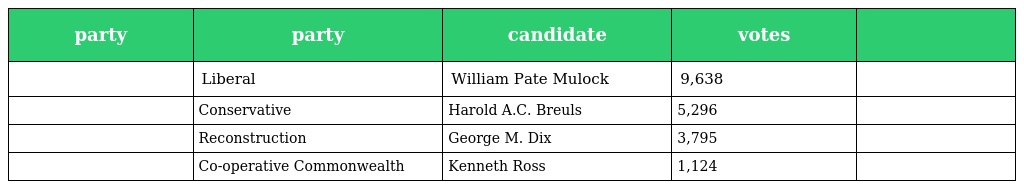
| party | party | candidate | votes |  |
 | --- | --- | --- | --- | --- |
 |  | Liberal | William Pate Mulock | 9,638 |  |
 |  | Conservative | Harold A.C. Breuls | 5,296 |  |
 |  | Reconstruction | George M. Dix | 3,795 |  |
 |  | Co-operative Commonwealth | Kenneth Ross | 1,124 |  |